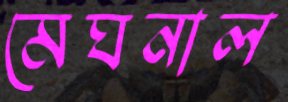
মেঘনাল